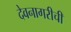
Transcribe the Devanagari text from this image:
देवनागरीची